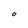
Character: O